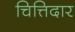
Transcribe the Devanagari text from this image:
चित्तिदार